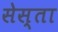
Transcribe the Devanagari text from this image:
सेस्ता